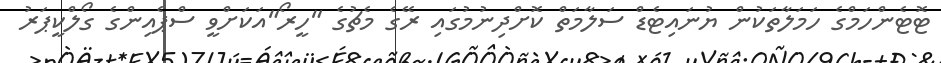
ޓޮޓެންހަމްގެ ހަމަލާތަކުން ޔުނައިޓެޑް ސަލާމަތް ކޮށްދިނުމުގައި ރޭގެ މެޗުގެ "ހީރޯ"އަކަށްވީ ސްޕެއިންގެ ގޯލްކީޕަރު